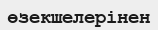
өзекшелерінен